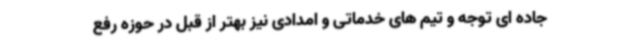
جاده ای توجه و تیم های خدماتی و امدادی نیز بهتر از قبل در حوزه رفع